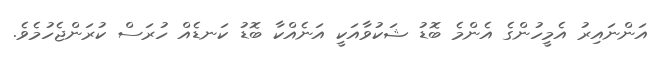
އަންނައިރު އެމީހުންގެ އެންމެ ބޮޑު ޝަކުވާއަކީ އަނެއްކާ ބޮޑު ކަނޑެއް ހުރަސް ކުރަންޖެހުމެވެ.